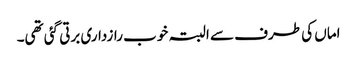
اماں کی طرف سے البتہ خوب رازداری برتی گئی تھی۔